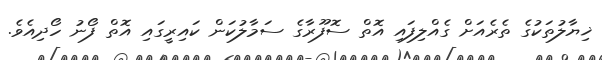
ޚިޔާލުތަކުގެ ތެރެއަށް ގެއްލިފައި އޮތް ސޮފޫރާގެ ސަމާލުކަން ކައިރީގައި އޮތް ފޯނު ހޯދިއެވެ.